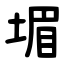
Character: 堳